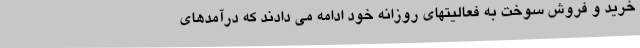
خرید و فروش سوخت به فعالیتهای روزانه خود ادامه می دادند که درآمدهای